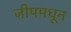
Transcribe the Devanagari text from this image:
जीपमधून